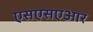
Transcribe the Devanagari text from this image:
एसएसएआर